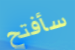
سأفتح